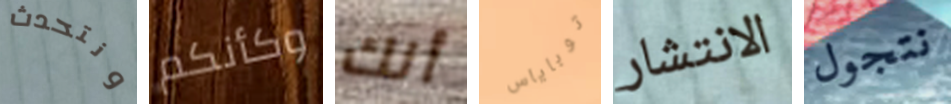
ونتحدث وكأنكم أنك توباياس الانتشار نتجول